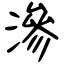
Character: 滲